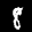
Label: 8